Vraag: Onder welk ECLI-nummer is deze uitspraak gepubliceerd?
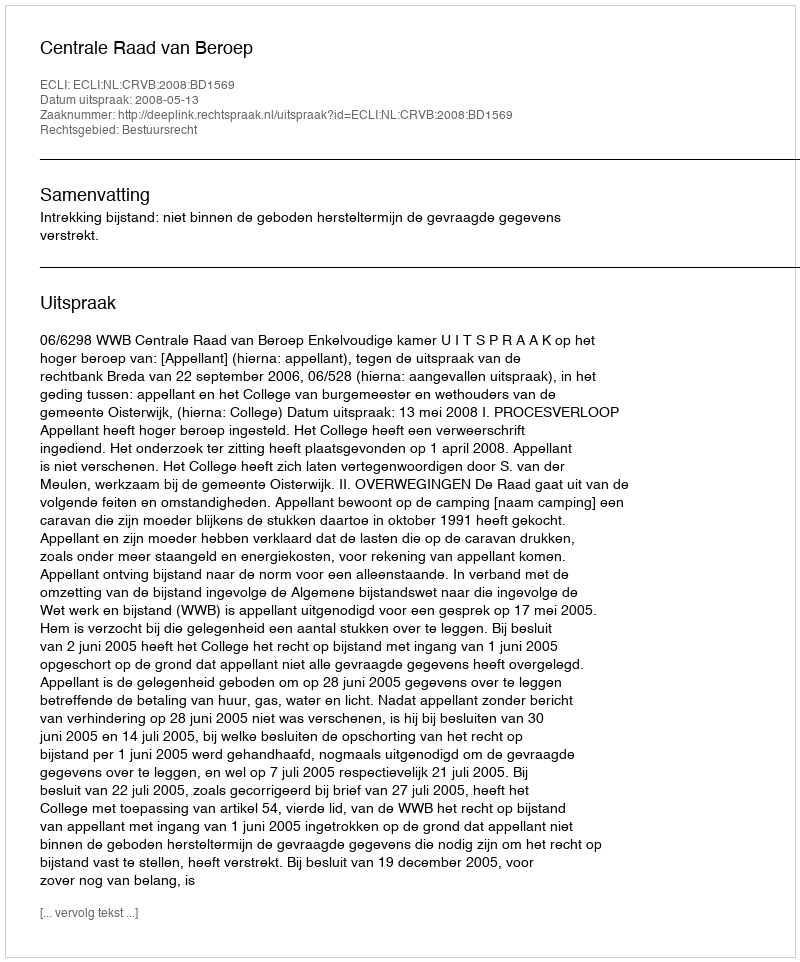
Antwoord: ECLI:NL:CRVB:2008:BD1569